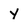
Character: Y